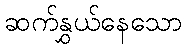
ဆက်နွှယ်နေသော